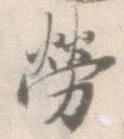
労